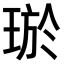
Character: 𤥽